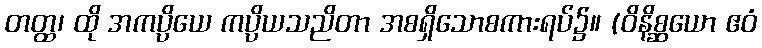
တတ္ထ၊ ထို အကပ္ပိယေ ကပ္ပိယသညိတာ အစရှိသောစကားရပ်၌။ (ဝိနိစ္ဆယော ဧဝံ